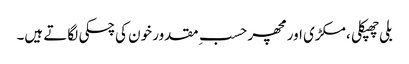
بلی چھپکلی ، مکڑی اور مچھر حسبِ مقدور خون کی چسکی لگاتے ہیں۔